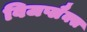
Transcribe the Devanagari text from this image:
विजप्लैक्स